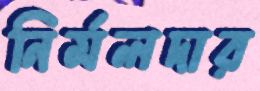
নির্মলদার